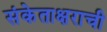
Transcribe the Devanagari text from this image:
संकेताक्षराची